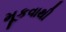
મૂકવાથી